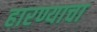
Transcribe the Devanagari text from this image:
हारण्याचा